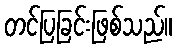
တင်ပြခြင်းဖြစ်သည်။